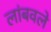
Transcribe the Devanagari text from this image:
लांबवले